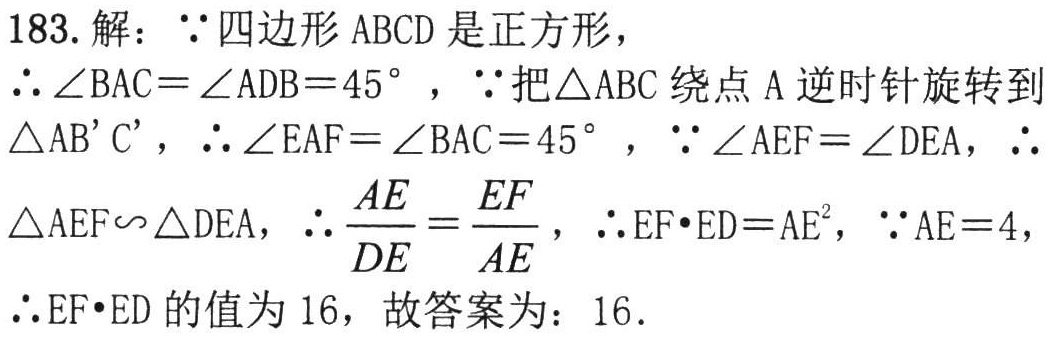
183. 解：\(\because\)四边形 \(ABCD\) 是正方形，

\(\therefore\angle BAC = \angle ADB = 45^{\circ}\)，\(\because\)把\(\triangle ABC\)绕点 \(A\) 逆时针旋转到\(\triangle AB'C'\)，\(\therefore\angle EAF=\angle BAC = 45^{\circ}\)，\(\because\angle AEF=\angle DEA\)，\(\therefore\)

\(\triangle AEF\sim\triangle DEA\)，\(\therefore\frac{AE}{DE}=\frac{EF}{AE}\)，\(\therefore EF\cdot ED = AE^{2}\)，\(\because AE = 4\)，

\(\therefore EF\cdot ED\)的值为 \(16\)，故答案为：\(16\).